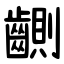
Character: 䶡